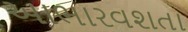
આભારવશતા